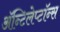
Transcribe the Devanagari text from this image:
ॲन्टिलेप्टॉन्स